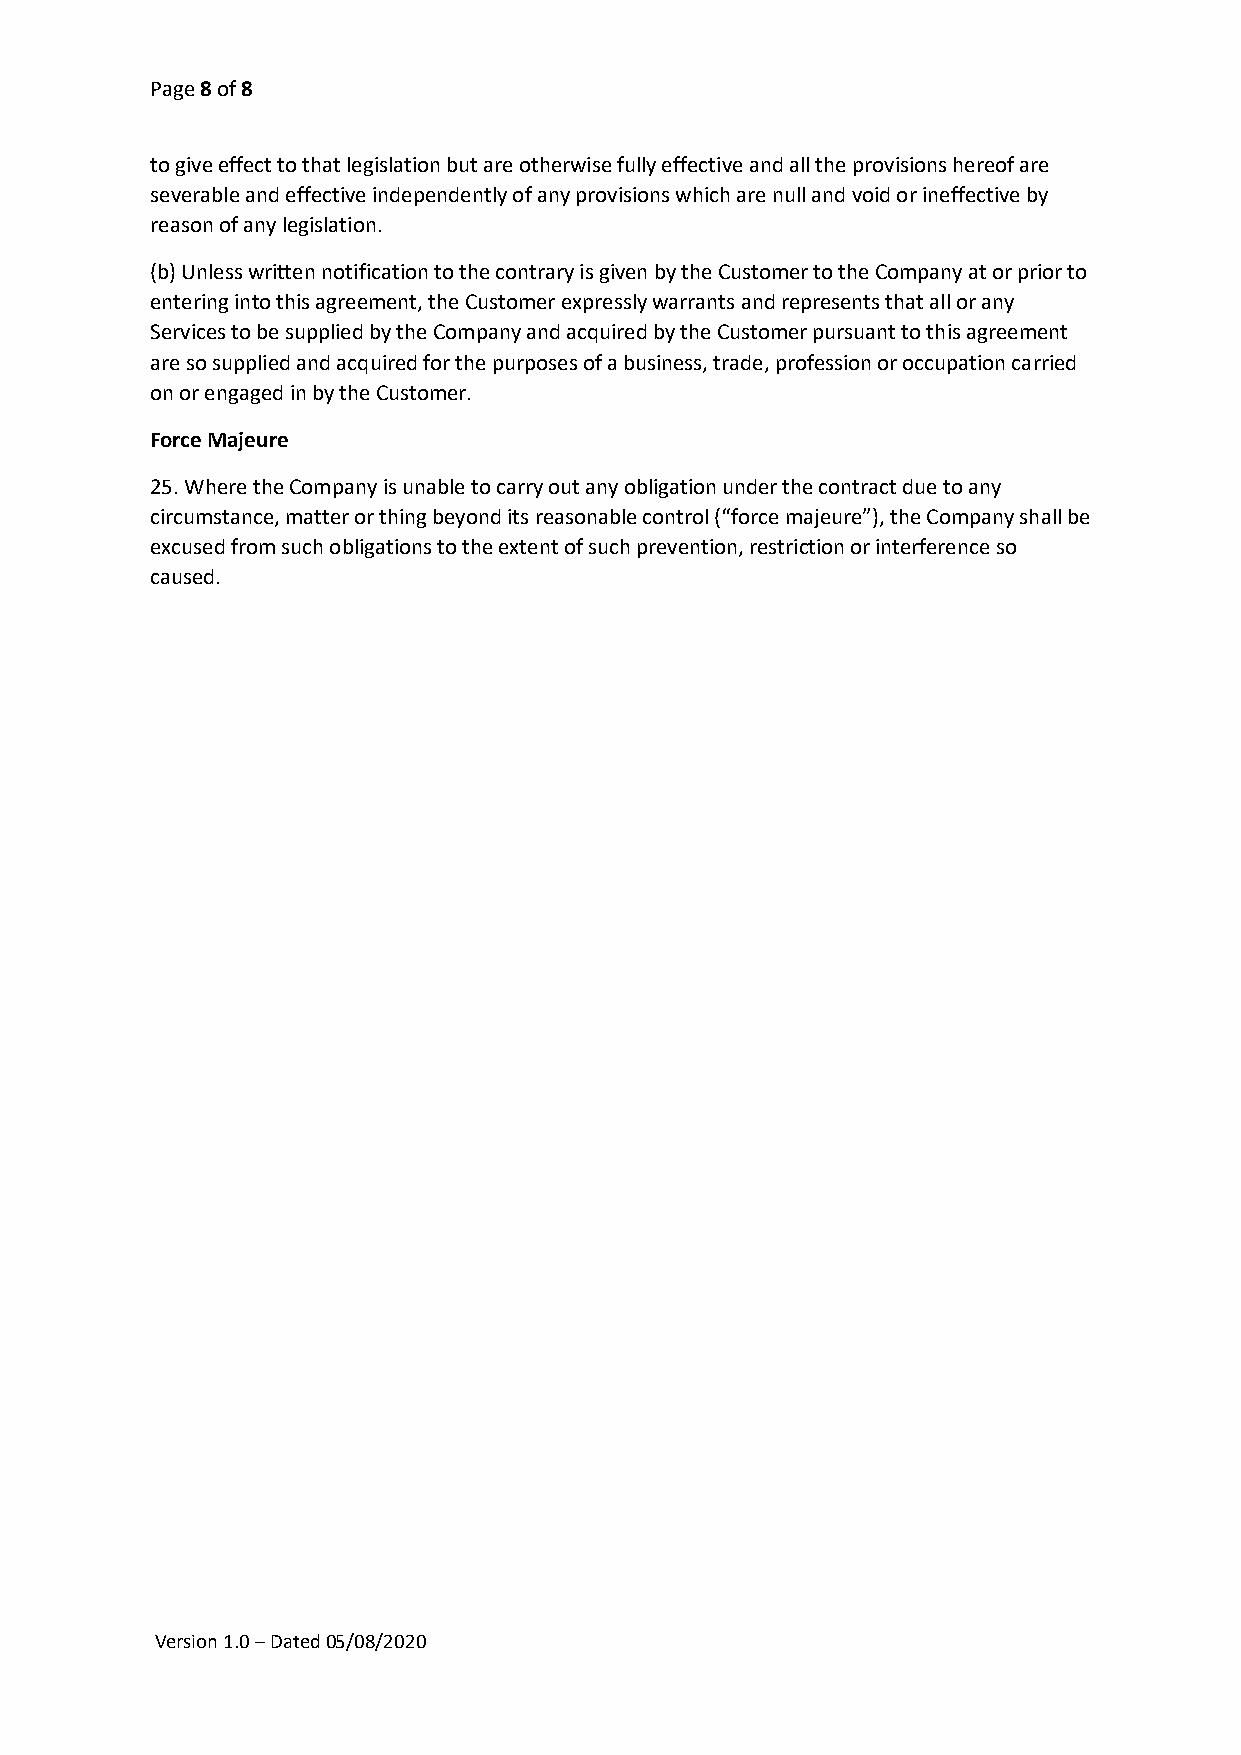
Page 8 of 8
 to give effect to that legislation but are otherwise fully effective and all the provisions hereof are
 severable and effective independently of any provisions which are null and void or ineffective by
 reason of any legislation.
 (b) Unless written notification to the contrary is given by the Customer to the Company at or prior to
 entering into this agreement, the Customer expressly warrants and represents that all or any
 Services to be supplied by the Company and acquired by the Customer pursuant to this agreement
 are so supplied and acquired for the purposes of a business, trade, profession or occupation carried
 on or engaged in by the Customer.
 Force Majeure
 25. Where the Company is unable to carry out any obligation under the contract due to any
 circumstance, matter or thing beyond its reasonable control (“force majeure”), the Company shall be
 excused from such obligations to the extent of such prevention, restriction or interference so
 caused.
 Version 1.0 – Dated 05/08/2020